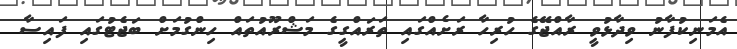
އެމަނިކުފާނު ވިދާޅުވީ ރާއްޖޭގެ ހުރިހާ ރަށެއްްގައި ތަަރައްގީގެ މަޝްރޫއުތައް ހިންގުމަށް ބަޖެޓުގައި ފައިސާ